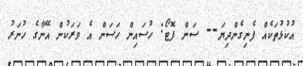
އުކުޅުތަކެއް ފެނިގެންދިޔަ-- ސަން ފޮޓޯ: ހުސައިން ހަސަން އެ ވަރަކުން އޭނާގެ ހުނަރު